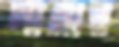
পাগার